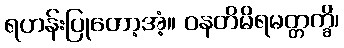
ရဟန်းပြုတော့အံ့။ ဝနတိမိရမတ္တက္ခိ၊